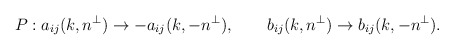
\begin{align*}P: a_{ij}(k,n^\perp)\rightarrow -a_{ij}(k,-n^\perp),\qquad b_{ij}(k,n^\perp)\rightarrow b_{ij}(k,-n^\perp).\end{align*}